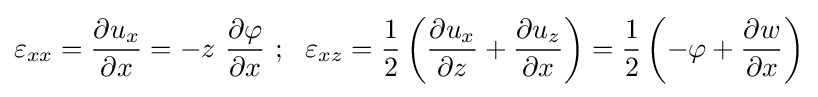
\varepsilon _{xx}={\frac {\partial u_{x}}{\partial x}}=-z~{\frac {\partial \varphi }{\partial x}}~;~~\varepsilon _{xz}={\frac {1}{2}}\left({\frac {\partial u_{x}}{\partial z}}+{\frac {\partial u_{z}}{\partial x}}\right)={\frac {1}{2}}\left(-\varphi +{\frac {\partial w}{\partial x}}\right)